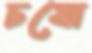
চষো